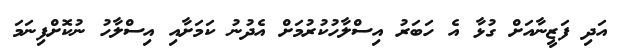
އަދި ފަޒީނާއަށް ގުޅާ އެ ހަބަރު އިސްލާހުކުރުމަށް އެދުނު ކަމަށާއި އިސްލާހު ނުކޮށްފިނަމަ